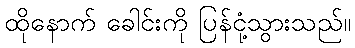
ထိုနောက် ခေါင်းကို ပြန်ငုံ့သွားသည်။